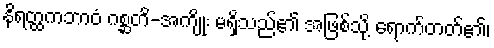
နိရတ္ထကဘာဝံ ဂစ္ဆတိ-အကျိုး မရှိသည်၏ အဖြစ်သို့ ရောက်တတ်၏၊